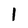
Character: l